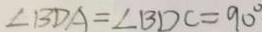
\angle B D A = \angle B D C = 9 0 ^ { \circ }